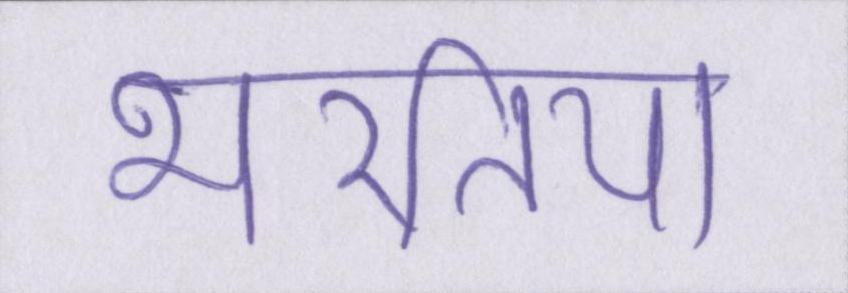
भरतिया